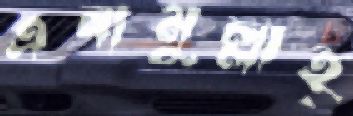
এনামুল্লাহ্